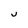
Character: j